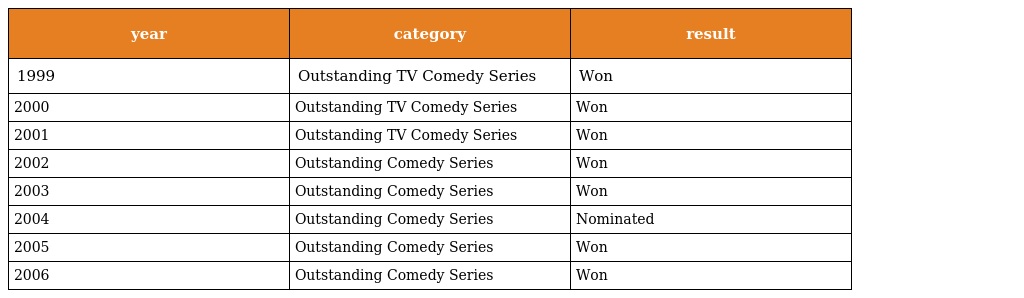
| year | category | result |
 | --- | --- | --- |
 | 1999 | Outstanding TV Comedy Series | Won |
 | 2000 | Outstanding TV Comedy Series | Won |
 | 2001 | Outstanding TV Comedy Series | Won |
 | 2002 | Outstanding Comedy Series | Won |
 | 2003 | Outstanding Comedy Series | Won |
 | 2004 | Outstanding Comedy Series | Nominated |
 | 2005 | Outstanding Comedy Series | Won |
 | 2006 | Outstanding Comedy Series | Won |